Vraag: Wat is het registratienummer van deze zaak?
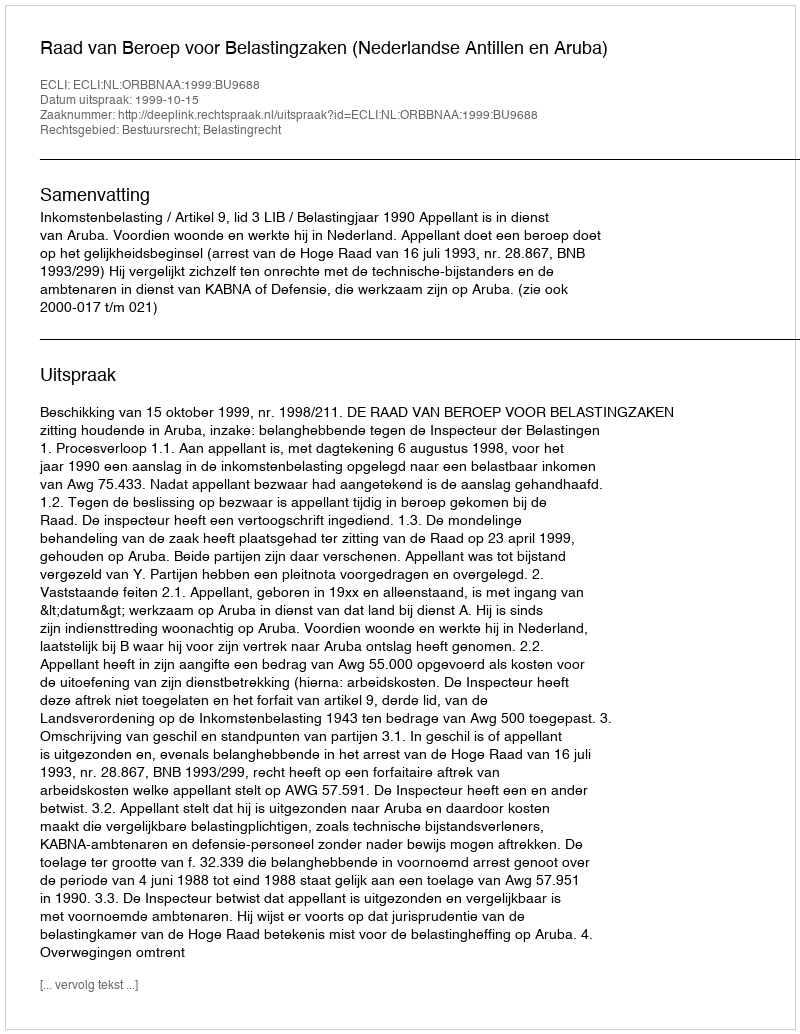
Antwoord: http://deeplink.rechtspraak.nl/uitspraak?id=ECLI:NL:ORBBNAA:1999:BU9688